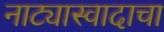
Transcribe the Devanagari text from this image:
नाट्यास्वादाचा